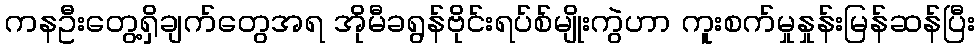
ကနဦးတွေ့ရှိချက်တွေအရ အိုမီခရွန်ဗိုင်းရပ်စ်မျိုးကွဲဟာ ကူးစက်မှုနှုန်းမြန်ဆန်ပြီး